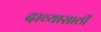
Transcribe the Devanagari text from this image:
दाव्यासाठी